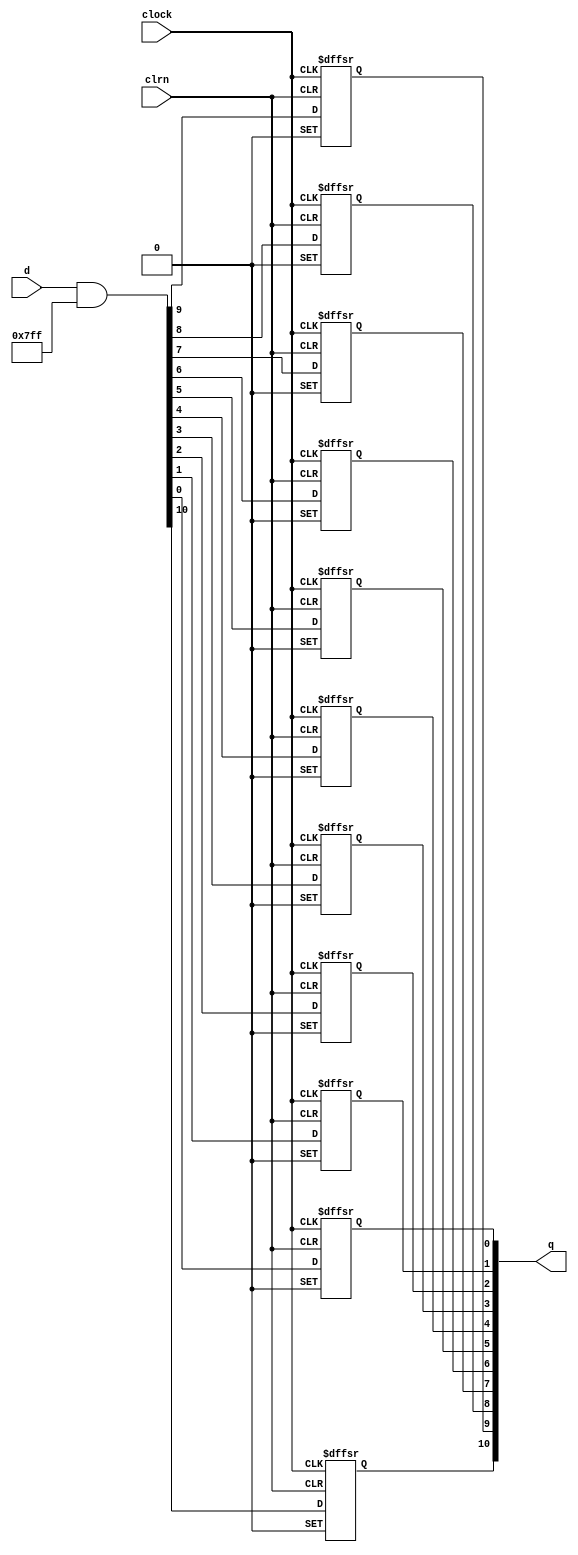
module  fifo_2k_dffpipe_dm2
	( 
	clock,
	clrn,
	d,
	q) 
		;
	input   clock;
	input   clrn;
	input   [10:0]  d;
	output   [10:0]  q;
	wire	[10:0]	wire_dffe6a_D;
	reg	[10:0]	dffe6a;
	wire ena;
	wire prn;
	wire sclr;
	initial
		dffe6a[0:0] = 0;
	always @ ( posedge clock or  negedge prn or  negedge clrn)
		if (prn == 1'b0) dffe6a[0:0] <= 1'b1;
		else if (clrn == 1'b0) dffe6a[0:0] <= 1'b0;
		else if  (ena == 1'b1)   dffe6a[0:0] <= wire_dffe6a_D[0:0];
	initial
		dffe6a[1:1] = 0;
	always @ ( posedge clock or  negedge prn or  negedge clrn)
		if (prn == 1'b0) dffe6a[1:1] <= 1'b1;
		else if (clrn == 1'b0) dffe6a[1:1] <= 1'b0;
		else if  (ena == 1'b1)   dffe6a[1:1] <= wire_dffe6a_D[1:1];
	initial
		dffe6a[2:2] = 0;
	always @ ( posedge clock or  negedge prn or  negedge clrn)
		if (prn == 1'b0) dffe6a[2:2] <= 1'b1;
		else if (clrn == 1'b0) dffe6a[2:2] <= 1'b0;
		else if  (ena == 1'b1)   dffe6a[2:2] <= wire_dffe6a_D[2:2];
	initial
		dffe6a[3:3] = 0;
	always @ ( posedge clock or  negedge prn or  negedge clrn)
		if (prn == 1'b0) dffe6a[3:3] <= 1'b1;
		else if (clrn == 1'b0) dffe6a[3:3] <= 1'b0;
		else if  (ena == 1'b1)   dffe6a[3:3] <= wire_dffe6a_D[3:3];
	initial
		dffe6a[4:4] = 0;
	always @ ( posedge clock or  negedge prn or  negedge clrn)
		if (prn == 1'b0) dffe6a[4:4] <= 1'b1;
		else if (clrn == 1'b0) dffe6a[4:4] <= 1'b0;
		else if  (ena == 1'b1)   dffe6a[4:4] <= wire_dffe6a_D[4:4];
	initial
		dffe6a[5:5] = 0;
	always @ ( posedge clock or  negedge prn or  negedge clrn)
		if (prn == 1'b0) dffe6a[5:5] <= 1'b1;
		else if (clrn == 1'b0) dffe6a[5:5] <= 1'b0;
		else if  (ena == 1'b1)   dffe6a[5:5] <= wire_dffe6a_D[5:5];
	initial
		dffe6a[6:6] = 0;
	always @ ( posedge clock or  negedge prn or  negedge clrn)
		if (prn == 1'b0) dffe6a[6:6] <= 1'b1;
		else if (clrn == 1'b0) dffe6a[6:6] <= 1'b0;
		else if  (ena == 1'b1)   dffe6a[6:6] <= wire_dffe6a_D[6:6];
	initial
		dffe6a[7:7] = 0;
	always @ ( posedge clock or  negedge prn or  negedge clrn)
		if (prn == 1'b0) dffe6a[7:7] <= 1'b1;
		else if (clrn == 1'b0) dffe6a[7:7] <= 1'b0;
		else if  (ena == 1'b1)   dffe6a[7:7] <= wire_dffe6a_D[7:7];
	initial
		dffe6a[8:8] = 0;
	always @ ( posedge clock or  negedge prn or  negedge clrn)
		if (prn == 1'b0) dffe6a[8:8] <= 1'b1;
		else if (clrn == 1'b0) dffe6a[8:8] <= 1'b0;
		else if  (ena == 1'b1)   dffe6a[8:8] <= wire_dffe6a_D[8:8];
	initial
		dffe6a[9:9] = 0;
	always @ ( posedge clock or  negedge prn or  negedge clrn)
		if (prn == 1'b0) dffe6a[9:9] <= 1'b1;
		else if (clrn == 1'b0) dffe6a[9:9] <= 1'b0;
		else if  (ena == 1'b1)   dffe6a[9:9] <= wire_dffe6a_D[9:9];
	initial
		dffe6a[10:10] = 0;
	always @ ( posedge clock or  negedge prn or  negedge clrn)
		if (prn == 1'b0) dffe6a[10:10] <= 1'b1;
		else if (clrn == 1'b0) dffe6a[10:10] <= 1'b0;
		else if  (ena == 1'b1)   dffe6a[10:10] <= wire_dffe6a_D[10:10];
	assign
		wire_dffe6a_D = (d & {11{(~ sclr)}});
	assign
		ena = 1'b1,
		prn = 1'b1,
		q = dffe6a,
		sclr = 1'b0;
endmodule